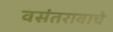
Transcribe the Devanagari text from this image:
वसंतरावाचे